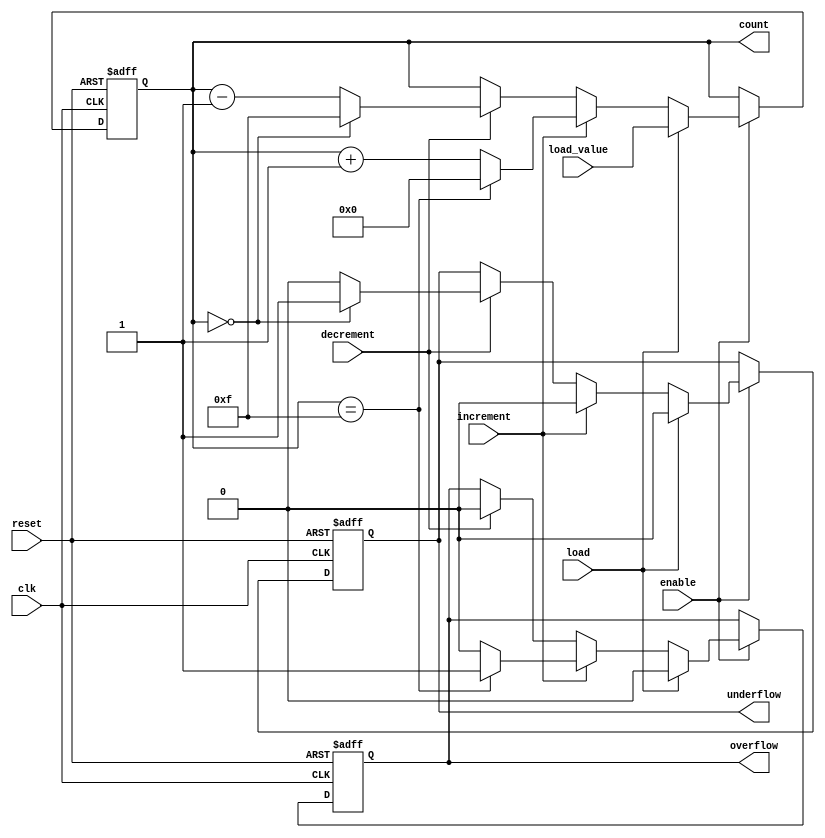
module synchronous_counter #(
    parameter WIDTH = 4,           // Number of bits in the counter
    parameter MAX_COUNT = (1 << WIDTH) - 1 // Maximum count value (2^WIDTH - 1)
)(
    input wire clk,                // Clock input
    input wire reset,              // Asynchronous reset
    input wire load,               // Load control signal
    input wire [WIDTH-1:0] load_value, // Value to load into the counter
    input wire increment,          // Increment control signal
    input wire decrement,          // Decrement control signal
    input wire enable,             // Enable signal
    output reg [WIDTH-1:0] count,  // Current count value
    output reg overflow,           // Overflow flag
    output reg underflow           // Underflow flag
);

    // Asynchronous reset
    always @(posedge clk or posedge reset) begin
        if (reset) begin
            count <= 0;              // Reset count to 0
            overflow <= 0;           // Clear overflow flag
            underflow <= 0;          // Clear underflow flag
        end else if (enable) begin
            if (load) begin
                count <= load_value; // Load specified value
                overflow <= 0;       // Clear overflow flag
                underflow <= 0;      // Clear underflow flag
            end else if (increment) begin
                if (count == MAX_COUNT) begin
                    count <= 0;      // Wrap around to 0
                    overflow <= 1;   // Set overflow flag
                end else begin
                    count <= count + 1; // Increment count
                    overflow <= 0;       // Clear overflow flag
                end
                underflow <= 0;          // Clear underflow flag
            end else if (decrement) begin
                if (count == 0) begin
                    count <= MAX_COUNT; // Wrap around to MAX_COUNT
                    underflow <= 1;      // Set underflow flag
                end else begin
                    count <= count - 1; // Decrement count
                    underflow <= 0;      // Clear underflow flag
                end
                overflow <= 0;           // Clear overflow flag
            end
        end
    end

endmodule